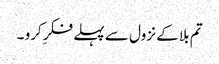
تم بلا کے نزول سے پہلے فکرِ کرو ۔